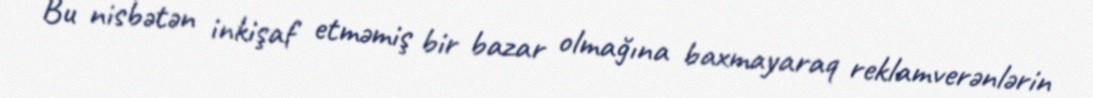
Bu nisbətən inkişaf etməmiş bir bazar olmağına baxmayaraq reklamverənlərin